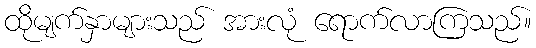
ထိုမျက်နှာများသည် အားလုံ ရောက်လာကြသည်။